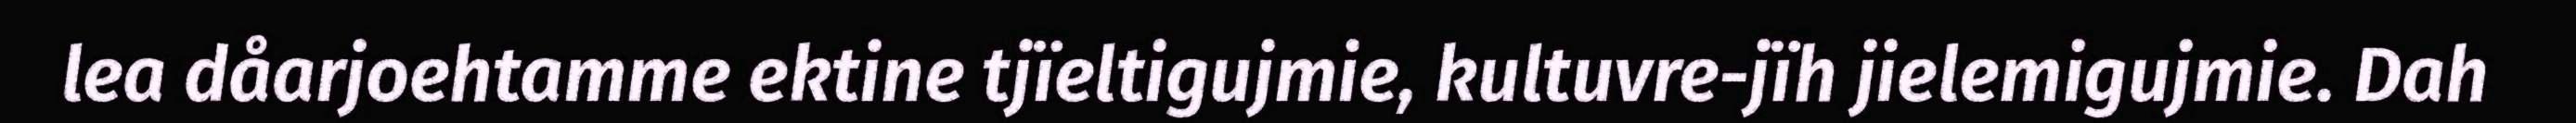
lea dåarjoehtamme ektine tjïeltigujmie, kultuvre-jïh jielemigujmie. Dah